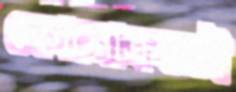
কোনোক্রমেই